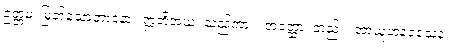
ဥတ္တမံ၊ မြတ်သောဘာဝနာ။ ဣတိအယံ၊ သည်ကား။ အတ္ထော၊ တည်း။ အာယူဟနဝသေန၊